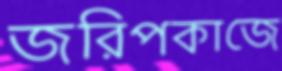
জরিপকাজে